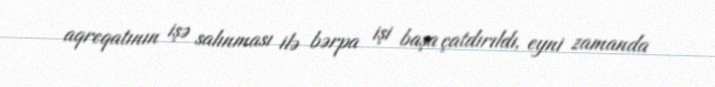
aqreqatının işə salınması ilə bərpa işi başa çatdırıldı, eyni zamanda